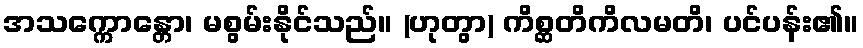
အသက္ကောန္တော၊ မစွမ်းနိုင်သည်။ (ဟုတွာ) ကိစ္ဆတိကိလမတိ၊ ပင်ပန်း၏။